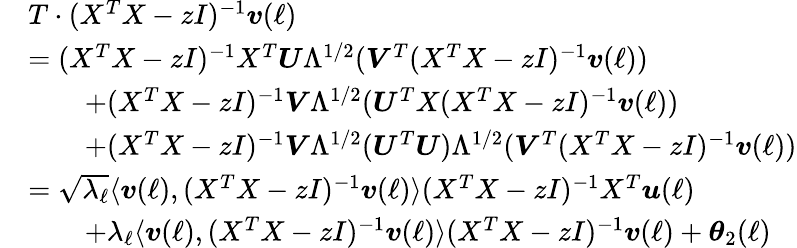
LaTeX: \begin{array}{rl}&{T\cdot(X^{T}X-zI)^{-1}{\boldsymbol v}(\ell)}\\ &{=(X^{T}X-zI)^{-1}X^{T}{\boldsymbol U}\Lambda^{1/2}({\boldsymbol V}^{T}(X^{T}X-zI)^{-1}{\boldsymbol v}(\ell))}\\ &{\qquad+(X^{T}X-zI)^{-1}{\boldsymbol V}\Lambda^{1/2}({\boldsymbol U}^{T}X(X^{T}X-zI)^{-1}{\boldsymbol v}(\ell))}\\ &{\qquad+(X^{T}X-zI)^{-1}{\boldsymbol V}\Lambda^{1/2}({\boldsymbol U}^{T}{\boldsymbol U})\Lambda^{1/2}({\boldsymbol V}^{T}(X^{T}X-zI)^{-1}{\boldsymbol v}(\ell))}\\ &{=\sqrt{\lambda_{\ell}}\langle{\boldsymbol v}(\ell),(X^{T}X-zI)^{-1}{\boldsymbol v}(\ell)\rangle(X^{T}X-zI)^{-1}X^{T}{\boldsymbol u}(\ell)}\\ &{\qquad+\lambda_{\ell}\langle{\boldsymbol v}(\ell),(X^{T}X-zI)^{-1}{\boldsymbol v}(\ell)\rangle(X^{T}X-zI)^{-1}{\boldsymbol v}(\ell)+{\boldsymbol\theta}_{2}(\ell)}\end{array}